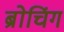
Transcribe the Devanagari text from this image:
ब्रोचिंग